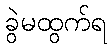
ခွဲမထွက်ရ